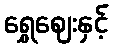
ရွှေဈေးနှင့်